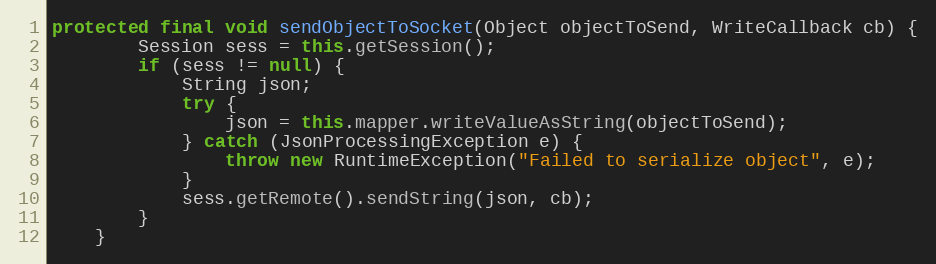
Language: Java
protected final void sendObjectToSocket(Object objectToSend, WriteCallback cb) {
        Session sess = this.getSession();
        if (sess != null) {
            String json;
            try {
                json = this.mapper.writeValueAsString(objectToSend);
            } catch (JsonProcessingException e) {
                throw new RuntimeException("Failed to serialize object", e);
            }
            sess.getRemote().sendString(json, cb);
        }
    }